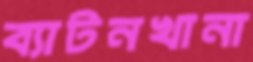
ব্যাটনখানা